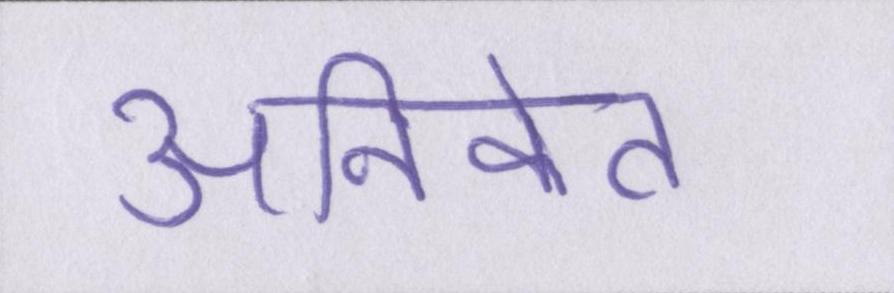
अनिकेत